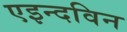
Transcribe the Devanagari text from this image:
एइन्दविन